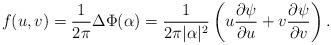
LaTeX: \begin{align*} f(u,v)=\frac1{2\pi}\Delta \Phi(\alpha)=\frac{1}{2\pi |\alpha|^2} \left(u\frac{\partial \psi}{\partial u}+v\frac{\partial \psi}{\partial v}\right). \end{align*}